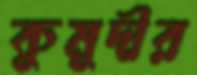
কুমুদীর